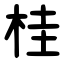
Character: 桂